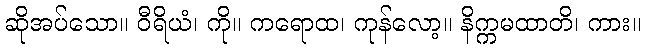
ဆိုအပ်သော။ ဝီရိယံ၊ ကို။ ကရောထ၊ ကုန်လော့။ နိက္ကမထာတိ၊ ကား။